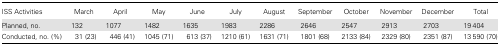
<table><thead><tr><td><b>ISS Activities</b></td><td><b>March</b></td><td><b>April</b></td><td><b>May</b></td><td><b>June</b></td><td><b>July</b></td><td><b>August</b></td><td><b>September</b></td><td><b>October</b></td><td><b>November</b></td><td><b>December</b></td><td><b>Total</b></td></tr></thead><tbody><tr><td>Planned, no.</td><td>132</td><td>1077</td><td>1482</td><td>1635</td><td>1983</td><td>2286</td><td>2646</td><td>2547</td><td>2913</td><td>2703</td><td>19 404</td></tr><tr><td>Conducted, no. (%)</td><td>31 (23)</td><td>446 (41)</td><td>1045 (71)</td><td>613 (37)</td><td>1210 (61)</td><td>1631 (71)</td><td>1801 (68)</td><td>2133 (84)</td><td>2329 (80)</td><td>2351 (87)</td><td>13 590 (70)</td></tr></tbody></table>